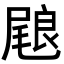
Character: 𭯢